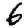
Digit: 6